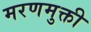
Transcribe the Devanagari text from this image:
मरणमुक्ती